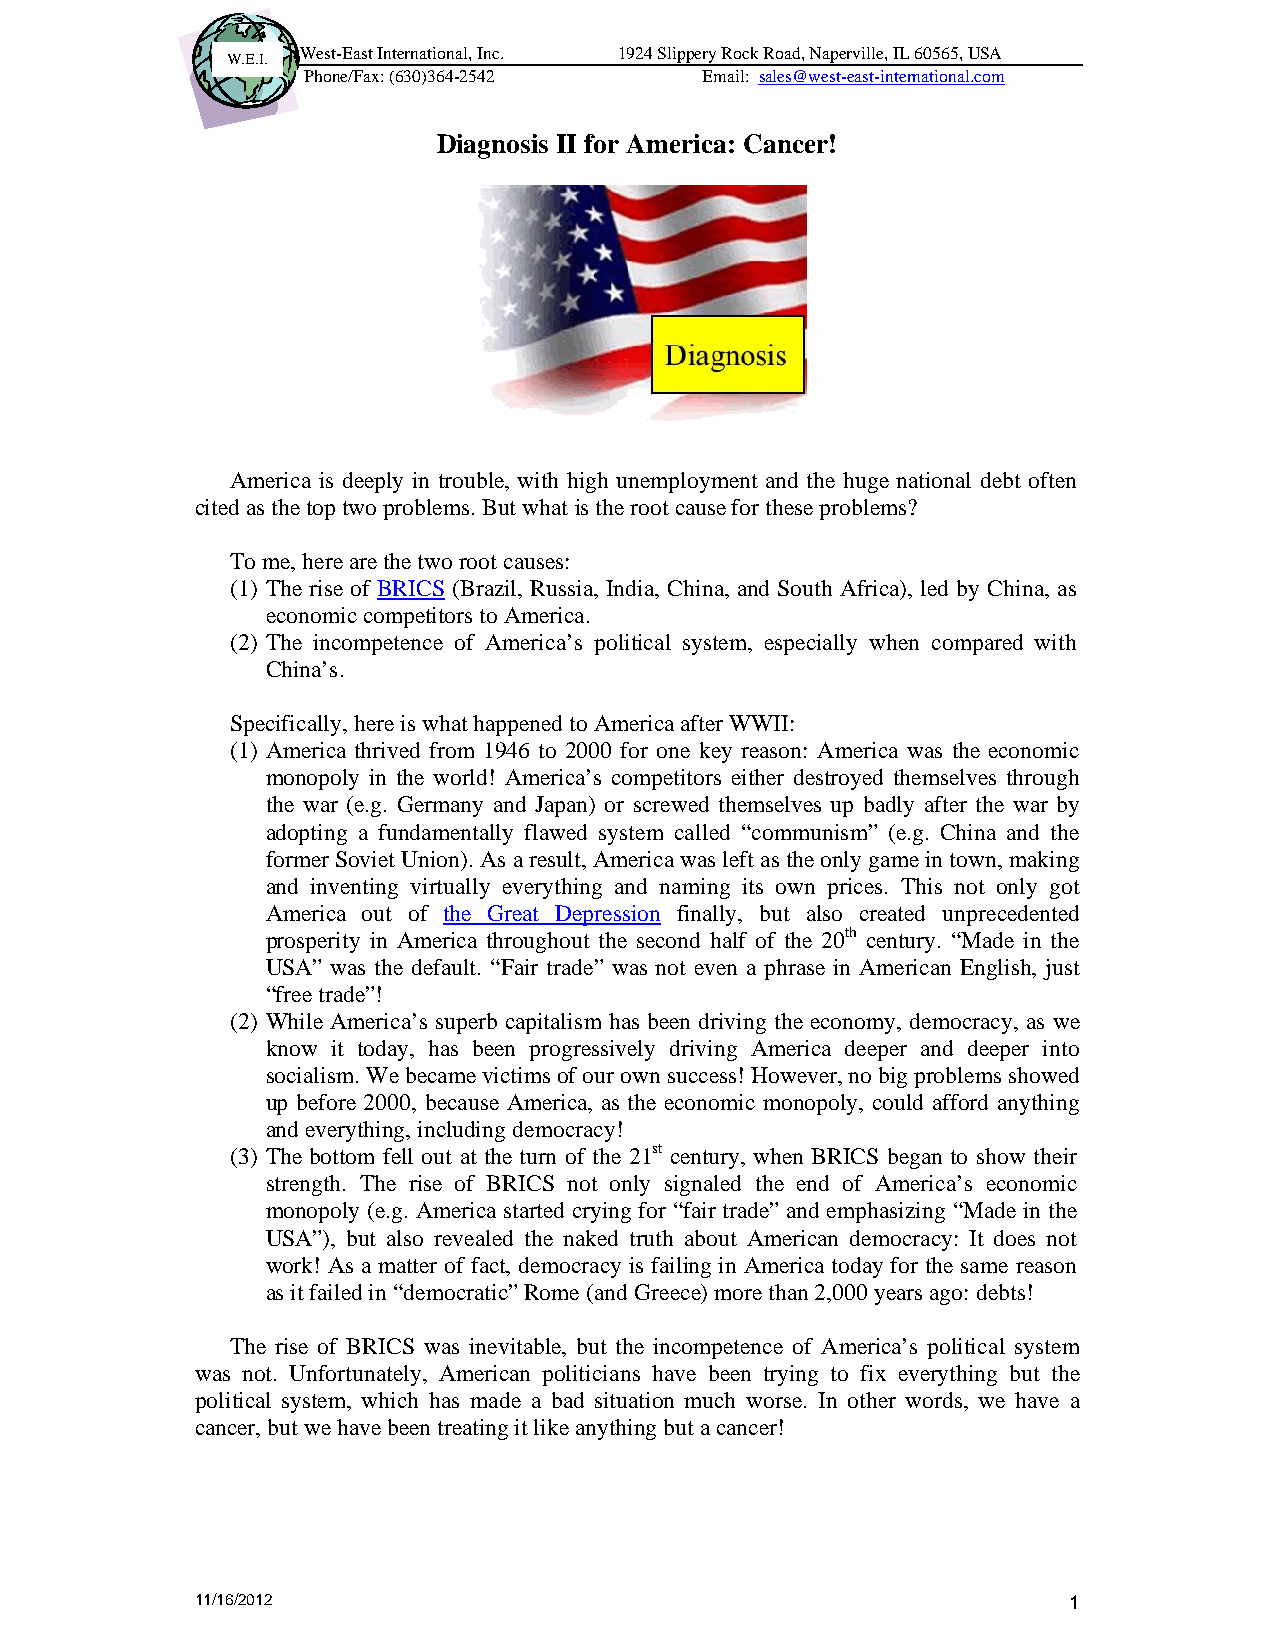
West-East International, Inc. 1924 Slippery Rock Road, Naperville, IL 60565, USA
 W.E.I.
 Phone/Fax: (630)364-2542   Email: sales@west-east-international.com
 Diagnosis II for America: Cancer!
 America is deeply in trouble, with high unemployment and the huge national debt often
 cited as the top two problems. But what is the root cause for these problems?
 To me, here are the two root causes:
 (1) The rise of BRICS (Brazil, Russia, India, China, and South Africa), led by China, as
 economic competitors to America.
 (2) The incompetence of America’s political system, especially when compared with
 China’s.
 Specifically, here is what happened to America after WWII:
 (1) America thrived from 1946 to 2000 for one key reason: America was the economic
 monopoly in the world! America’s competitors either destroyed themselves through
 the war (e.g. Germany and Japan) or screwed themselves up badly after the war by
 adopting a fundamentally flawed system called “communism” (e.g. China and the
 former Soviet Union). As a result, America was left as the only game in town, making
 and inventing virtually everything and naming its own prices. This not only got
 America out of the Great Depression finally, but also created unprecedented
 prosperity in America throughout the second half of the 20th century. “Made in the
 USA” was the default. “Fair trade” was not even a phrase in American English, just
 “free trade”!
 (2) While America’s superb capitalism has been driving the economy, democracy, as we
 know it today, has been progressively driving America deeper and deeper into
 socialism. We became victims of our own success! However, no big problems showed
 up before 2000, because America, as the economic monopoly, could afford anything
 and everything, including democracy!
 (3) The bottom fell out at the turn of the 21st century, when BRICS began to show their
 strength. The rise of BRICS not only signaled the end of America’s economic
 monopoly (e.g. America started crying for “fair trade” and emphasizing “Made in the
 USA”), but also revealed the naked truth about American democracy: It does not
 work! As a matter of fact, democracy is failing in America today for the same reason
 as it failed in “democratic” Rome (and Greece) more than 2,000 years ago: debts!
 The rise of BRICS was inevitable, but the incompetence of America’s political system
 was not. Unfortunately, American politicians have been trying to fix everything but the
 political system, which has made a bad situation much worse. In other words, we have a
 cancer, but we have been treating it like anything but a cancer!
 11/16/2012                                                1